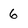
Character: 6